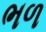
ભળ